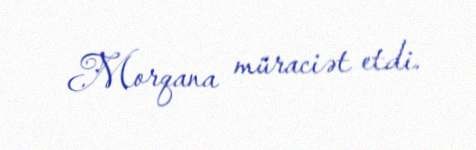
Morqana müraciət etdi.